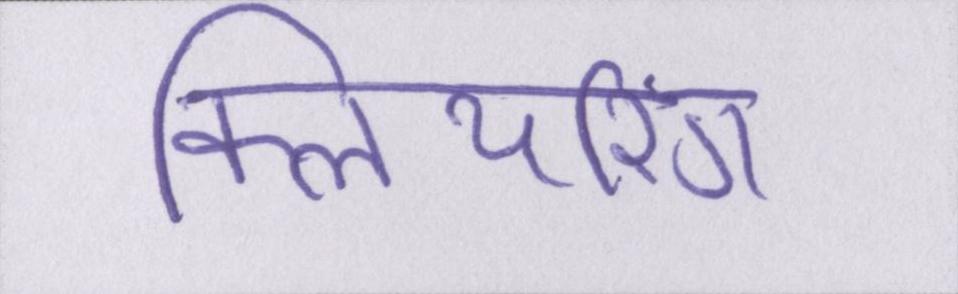
क्लियरिंग